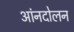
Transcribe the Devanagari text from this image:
आंनदोलन